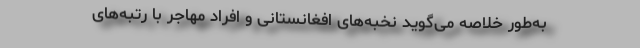
به‌طور خلاصه می‌گوید نخبه‌های افغانستانی و افراد مهاجر با رتبه‌های